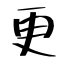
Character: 更